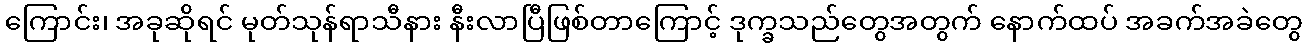
ကြောင်း၊ အခုဆိုရင် မုတ်သုန်ရာသီနား နီးလာပြီဖြစ်တာကြောင့် ဒုက္ခသည်တွေအတွက် နောက်ထပ် အခက်အခဲတွေ